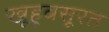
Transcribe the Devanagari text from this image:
खूहूबसूरत